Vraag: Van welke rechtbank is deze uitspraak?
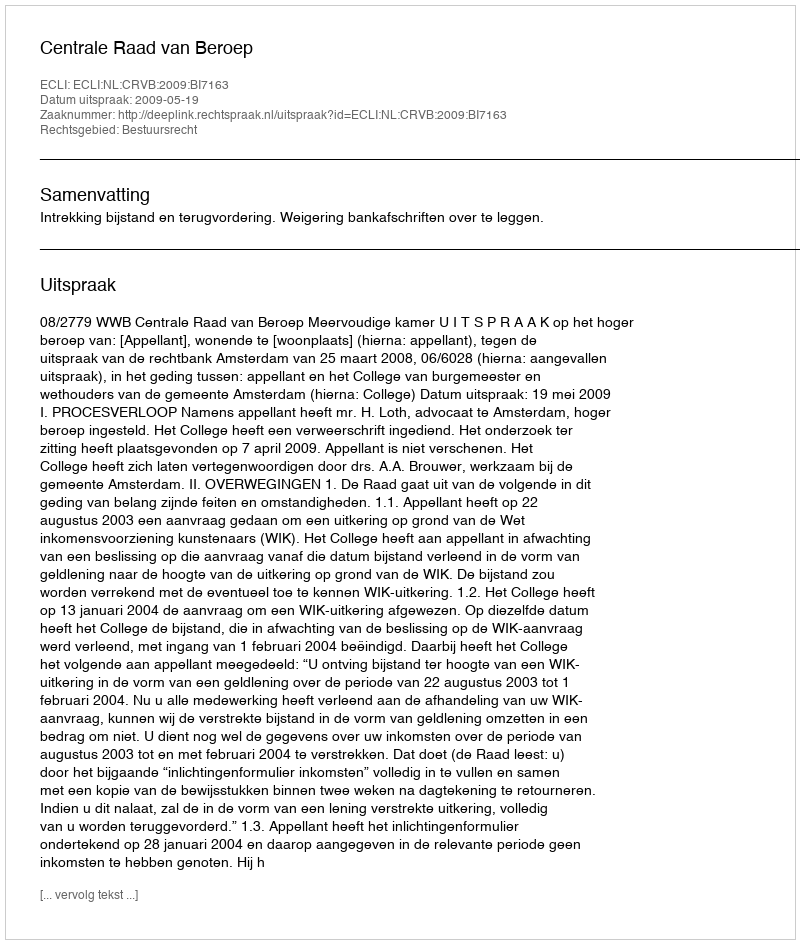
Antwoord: Centrale Raad van Beroep